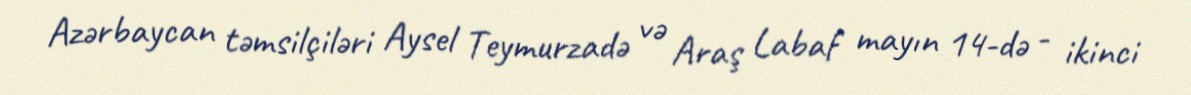
Azərbaycan təmsilçiləri Aysel Teymurzadə və Araş Labaf mayın 14-də - ikinci